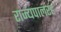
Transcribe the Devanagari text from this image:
राज्यपालरह